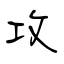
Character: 攻